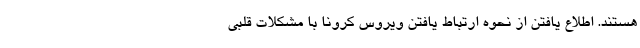
هستند. اطلاع یافتن از نحوه ارتباط یافتن ویروس کرونا با مشکلات قلبی